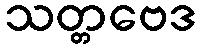
သတ္တဗေဒ